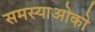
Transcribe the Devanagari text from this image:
समस्याओको